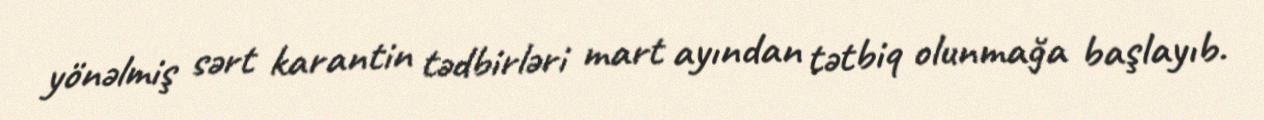
yönəlmiş sərt karantin tədbirləri mart ayından tətbiq olunmağa başlayıb.